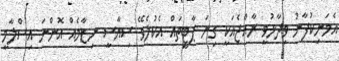
އެމަނިކުފާނު ވިދާޅުވީ ރާއްޖެއަކީ ގިނަ ޕާޓީތައް އެކުލެވޭ ސިޔާސީ ނިޒާމެއް އޮންނަ އިސްލާމީ